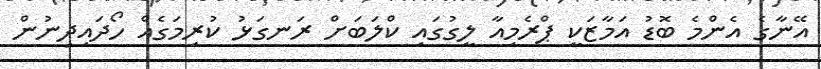
އޭނާގެ އެންމެ ބޮޑު އަމާޒަކީ ޕްރެމިއާ ލީގުގައި ކްލަބަށް ރަނގަޅު ކުރިމަގެއް ހޯދައިދިނުން